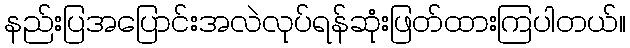
နည်းပြအပြောင်းအလဲလုပ်ရန်ဆုံးဖြတ်ထားကြပါတယ်။